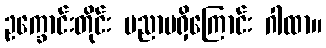
ဥက္ခောင်းတိုင်း ပညာမရှိကြောင်း ဂါထာ။